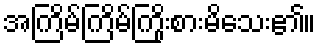
အကြိမ်ကြိမ်ကြိုးစားမိသေး၏။